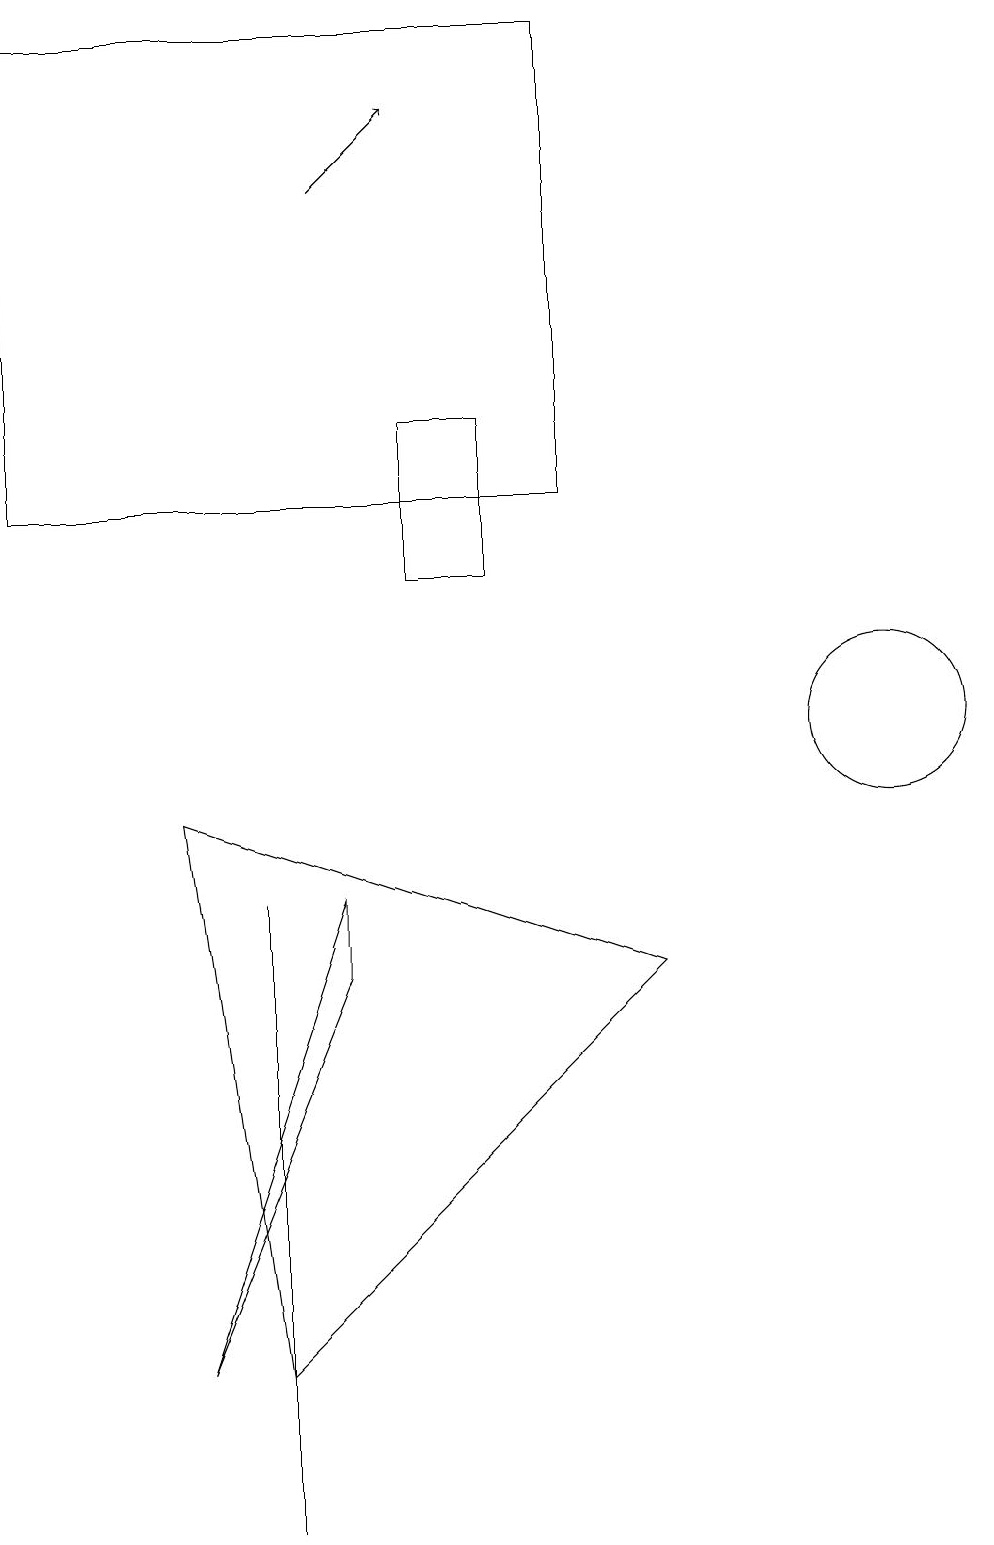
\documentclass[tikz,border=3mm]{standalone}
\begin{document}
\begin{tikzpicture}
\draw (8,13) rectangle (1,19);
\draw[->] (5,17) -- (6,18);
\draw (4,8) -- (4,3) -- (4,0) -- cycle;
\draw (7,12) rectangle (6,14);
\draw (12,10) circle (1);
\draw (5,8) -- (5,7) -- (3,2) -- cycle;
\draw (4,2) -- (9,7) -- (3,9) -- cycle;
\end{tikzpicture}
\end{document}